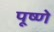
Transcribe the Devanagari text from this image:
पूष्णे